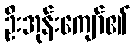
ဦးအုန်းကျော်၏